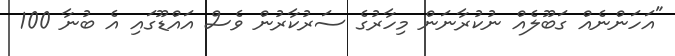
"އަހަންނެއްް ގަބޫލެއް ނުކުރާނަން މިހާރުގެ ސަރުކާރުން ވެސް އައްޑޫގައި އެ ބުނާ 100